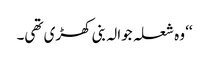
‘‘ وہ شعلہ جوالہ بنی کھڑی تھی۔